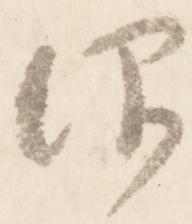
仰